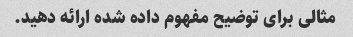
مثالی برای توضیح مفهوم داده شده ارائه دهید.